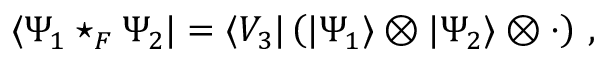
\langle \Psi _ { 1 } \star _ { F } \Psi _ { 2 } | = \langle V _ { 3 } | \left( | \Psi _ { 1 } \rangle \otimes | \Psi _ { 2 } \rangle \otimes \cdot \right) \, ,